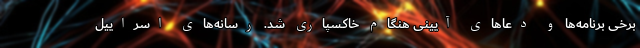
برخی برنامه‌ها و دعاهای آیینی هنگام خاکسپاری شد. رسانه‌های اسراییل